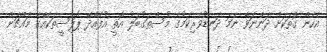
އެހެން ގޮތަކަށް ދަންނަވާ ނަމަ ދަނޑުވެރިކަމުގެ މުސްތަގުބަލު އޮތީ އުފެއްދޭ ޕޮލިސީތަކެއްގެ މައްޗަށް